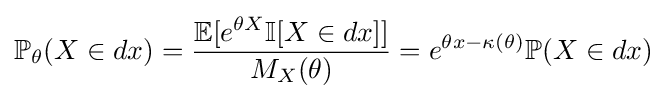
\mathbb {P} _{\theta }(X\in dx)={\frac {\mathbb {E} [e^{\theta X}\mathbb {I} [X\in dx]]}{M_{X}(\theta )}}=e^{\theta x-\kappa (\theta )}\mathbb {P} (X\in dx)